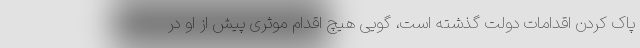
پاک کردن اقدامات دولت گذشته است، گویی هیچ اقدام موثری پیش از او در